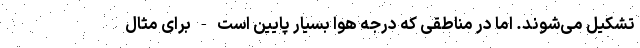
تشکیل می‌شوند. اما در مناطقی که درجه هوا بسیار پایین است - برای مثال